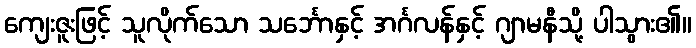
ကျေးဇူးဖြင့် သူလိုက်သော သင်္ဘောနှင့် အင်္ဂလန်နှင့် ဂျာမနီသို့ ပါသွား၏။